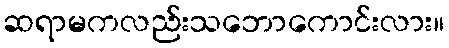
ဆရာမကလည်းသဘောကောင်းလား။